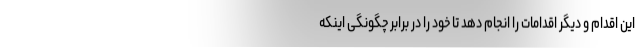
این اقدام و دیگر اقدامات را انجام دهد تا خود را در برابر چگونگی اینکه